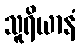
သူရိယာနံ